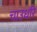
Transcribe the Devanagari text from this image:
चाउधरि